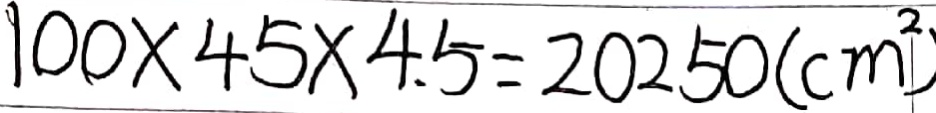
1 0 0 \times 4 5 \times 4 . 5 = 2 0 2 5 0 ( c m ^ { 2 } )